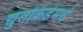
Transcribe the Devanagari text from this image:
द्युतक्रिडेमधे